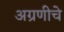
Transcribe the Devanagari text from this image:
अग्रणीचे